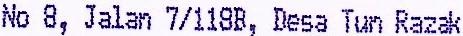
NO 8, JALAN 7/118B, DESA TUN RAZAK